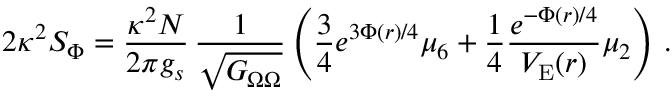
2 \kappa ^ { 2 } S _ { \Phi } = { \frac { \kappa ^ { 2 } N } { 2 \pi g _ { s } } } \, { \frac { 1 } { \sqrt { G _ { \Omega \Omega } } } } \left( { \frac { 3 } { 4 } } { e ^ { 3 \Phi ( r ) / 4 } } \mu _ { 6 } + { \frac { 1 } { 4 } } { \frac { e ^ { - \Phi ( r ) / 4 } } { V _ { \mathrm { E } } ( r ) } } \mu _ { 2 } \right) \, .